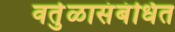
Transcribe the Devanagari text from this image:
वर्तुळासंबंधित